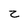
Character: z